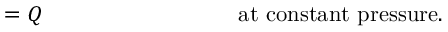
= Q \, \, \, \, \, \, \, \, \, \, \, \, \, \, \, \, \, \, \, \, \, \, \, \, \, \, \, \, \, \, \, \, \, \, \, \, \, \, \, \, \, \, \, \, \, \, \, \, \, \, \, \, { \mathrm { a t ~ c o n s t a n t ~ p r e s s u r e . } }